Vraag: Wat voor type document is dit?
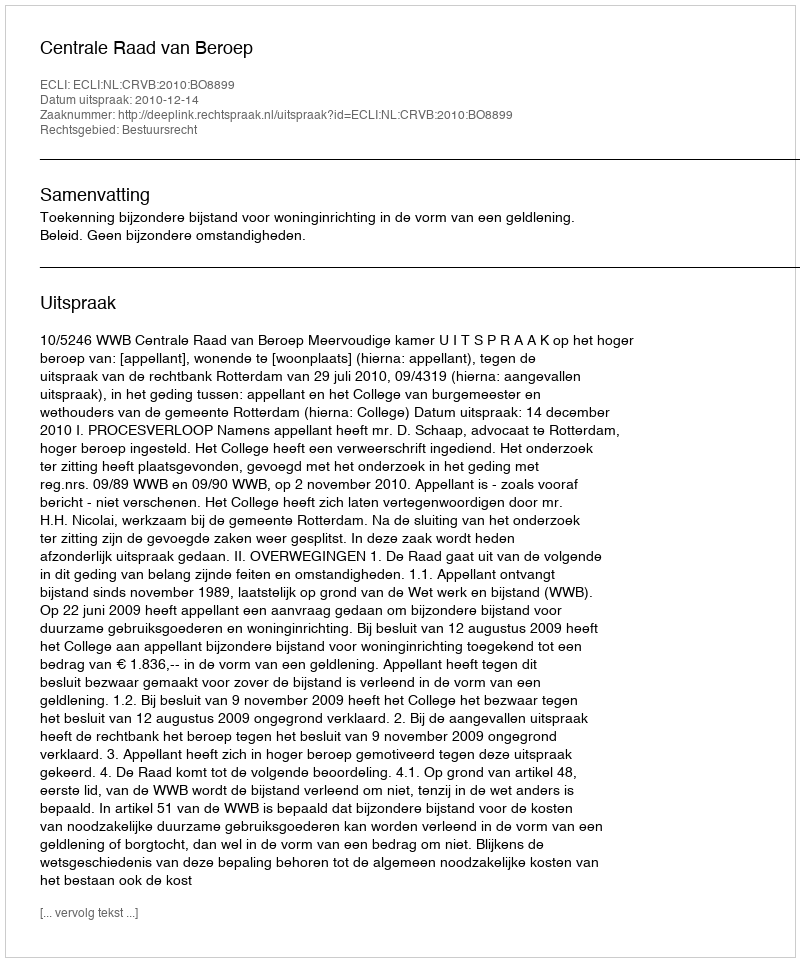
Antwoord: Uitspraak